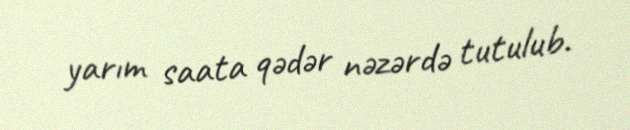
yarım saata qədər nəzərdə tutulub.